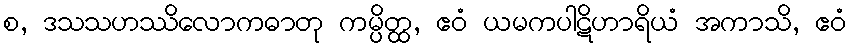
စ, ဒသသဟဿိလောကဓာတု ကမ္ပိတ္ထ, ဧဝံ ယမကပါဋိဟာရိယံ အကာသိ, ဧဝံ